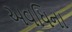
અવધિના